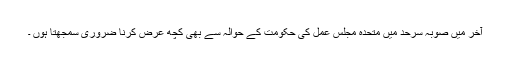
آخر میں صوبہ سرحد میں متحدہ مجلس عمل کی حکومت کے حوالہ سے بھی کچھ عرض کرنا ضروری سمجھتا ہوں ۔